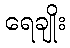
ရေချိုး